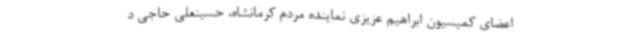
اعضای کمیسیون ابراهیم عزیزی نماینده مردم کرمانشاه، حسینعلی حاجی د